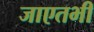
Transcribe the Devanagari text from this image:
जाएतभी